Annual report on the lock hospitals of the Madras Presidency
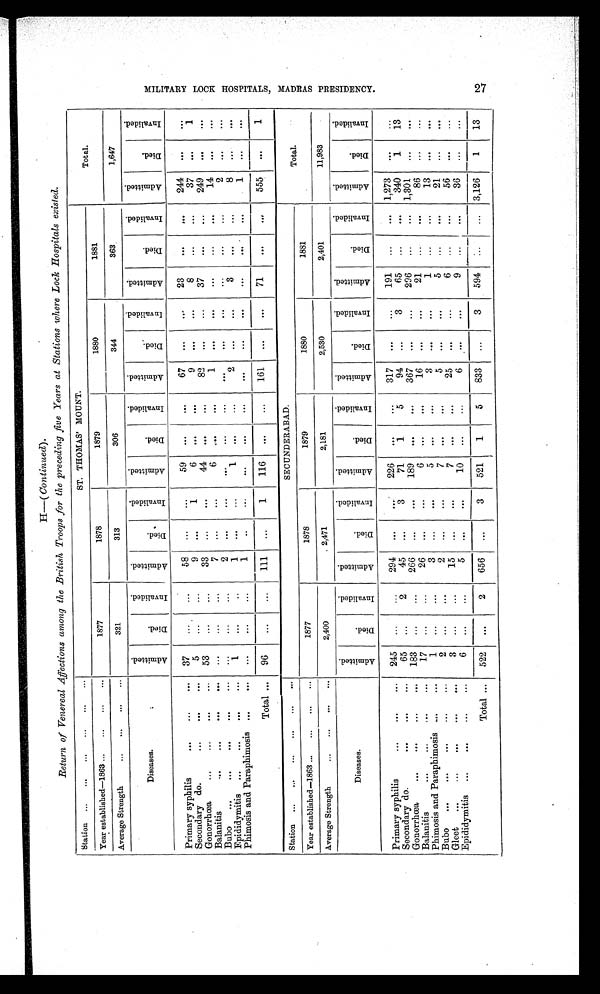
H—( Continued) .
Return of Venereal Affections among the British Troops for the preceding five Years at Stations where Lock Hospitals existed.
Station ...
... ... ... ... ...
ST. THOMAS' MOUNT.
Total.
Year established—1863 ... ... ... ...
1877
1878
1879
1880
1881
Average Strength
... ... ... ...
321
313
306
344
363
1,647
Diseases.
A d m i t t e d .
D i e d .
I n v a l i d e d .
A d m i t t e d .
D i e d . I n v a l i d e d .
A d m i t t e d .
D i e d .
I n v a l i d e d .
A d m i t t e d .
D i e d .
I n v a l i d e d .
A d m i t t e d .
D i e d
.
I n v a l i d e d .
A d m i t t e d .
D i e d .
I n v a l i d e d .
Primary syphilis
...
...
. . . 37
...
...
58
... ...
59 ...
...
67 ...
...
23
... ...
244
... ...
Secondary do.
...
. . . . . . . . .
5
...
...
9 ...
1
6
... ...
9
... ...
8
...
...
37
...
1
Gonorrhœa
...
...
... ...
53
...
...
33
...
...
44
... ...
82 ...
...
37
...
...
249
... ...
Balanitis
...
...
...
...
...
...
...
7
...
...
6
. . .
...
1
... ...
...
... ...
14
... ...
Bubo
... ... ...
...
... ... ... ...
2
... ...
...
...
...
... ... ... ... ... ...
2
... ...
Epididymitis ...
...
...
...
1
...
...
1 ...
...
1
...
...
2 ...
...
3
... ...
8
... ...
Phimosis and Paraphimosis ...
... ... ...
...
1
..
... ... ... ... ... ... ... ... ... ...
1 ...
...
Total ... 96
...
...
111 ...
1
116
... ...
161
... ...
71
... ...
555
...
1
Station ... ... ... ... . . . . . .
SECUNDERABAD.
Total.
Year established—1863 ... ... ... ...
1877
1878
1879
1880
1881
Average Strength
... ... ... ...
2,400
2,471
2,181
2,530
2,401
11,983
Diseases.
A d m i t t e d .
D i e d .
I n v a l i d e d .
A d m i t t e d .
D i e d .
I n v a l i d e d .
A d m i t t e d .
D i e d .
I n v a l i d e d .
A d m i t t e d .
D i e d .
I n v a l i d e d .
A d m i t t e d .
D i e d .
I n v a l i d e d .
A d m i t t e d .
Died.
I n v a l i d e d .
Primary syphilis
... ... ... 245 ... ...
294
... ...
226
...
...
317
...
...
191 ...
...
1,273
... ...
Secondary do.
... ...
...
65 ...
2
45 ...
3
71
1
5
94 ...
3
65 ...
...
340
1
13
Gonorrhœa
... ... ... ...
183
... ...
266 ...
...
189
... ...
367 ...
...
296 ...
... 1,301
... ...
Balanitis
... ... ... ...
17 ...
...
26 ...
...
6 ...
...
16
...
...
21 ...
...
86
... ...
Phimosis and Paraphimosis ...
...
1 ...
...
3 ...
...
5 ...
...
3 ...
...
1
...
...
13
... ...
Bubo ...
...
...
...
...
2 ...
...
2 ...
...
7
... ...
5 ...
...
5 ...
...
21
... ...
Gleet
...
...
. . . . . . . . .
3 ...
...
15 ...
...
7 ...
...
25 ... ...
6 ...
. . .
56
. . .
...
Epididymitis ...
...
...
...
6 ...
...
5 ...
...
10 ... ...
6 ...
...
9 ...
...
36 ...
. . .
Total ... 522
...
2
656 ...
3
521
1
5
833 ...
3
594
...
... 3,126
1
13
M I L I T A R Y L O C K H O S P I T A L S , M A D R A S P R E S I D E N C Y .
2 7